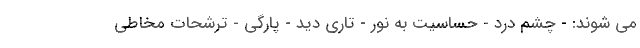
می شوند: - چشم درد - حساسیت به نور - تاری دید - پارگی - ترشحات مخاطی